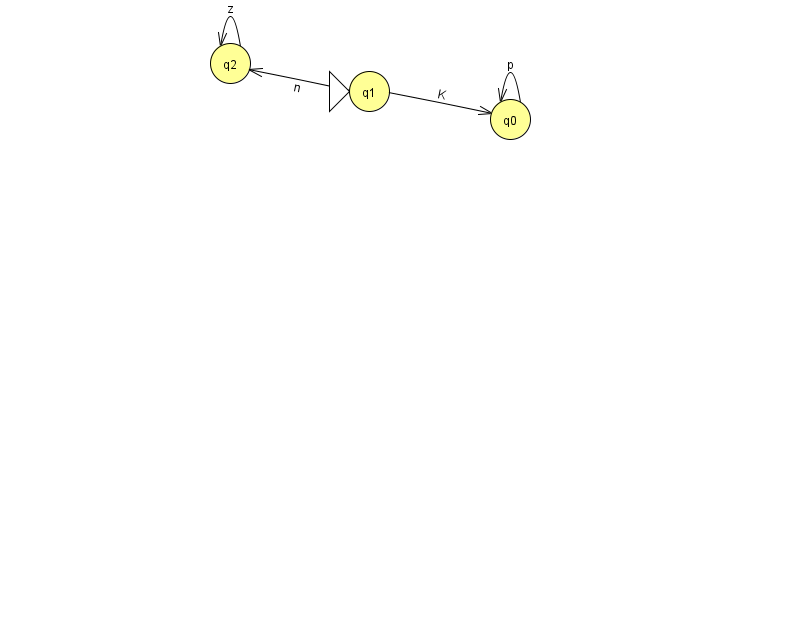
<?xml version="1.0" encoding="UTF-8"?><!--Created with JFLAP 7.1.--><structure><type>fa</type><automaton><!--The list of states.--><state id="0" name="q0"><x>510.0</x><y>106.0</y></state><state id="1" name="q1"><x>369.0</x><y>78.0</y><initial/></state><state id="2" name="q2"><x>230.0</x><y>50.0</y></state><!--The list of transitions.--><transition><from>0</from><to>0</to><read>p</read></transition><transition><from>1</from><to>0</to><read>K</read></transition><transition><from>1</from><to>2</to><read>n</read></transition><transition><from>2</from><to>2</to><read>z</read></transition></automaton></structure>